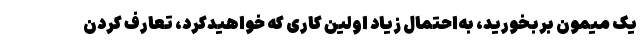
یک میمون بربخورید، به‌احتمال زیاد اولین کاری که خواهیدکرد، تعارف کردن